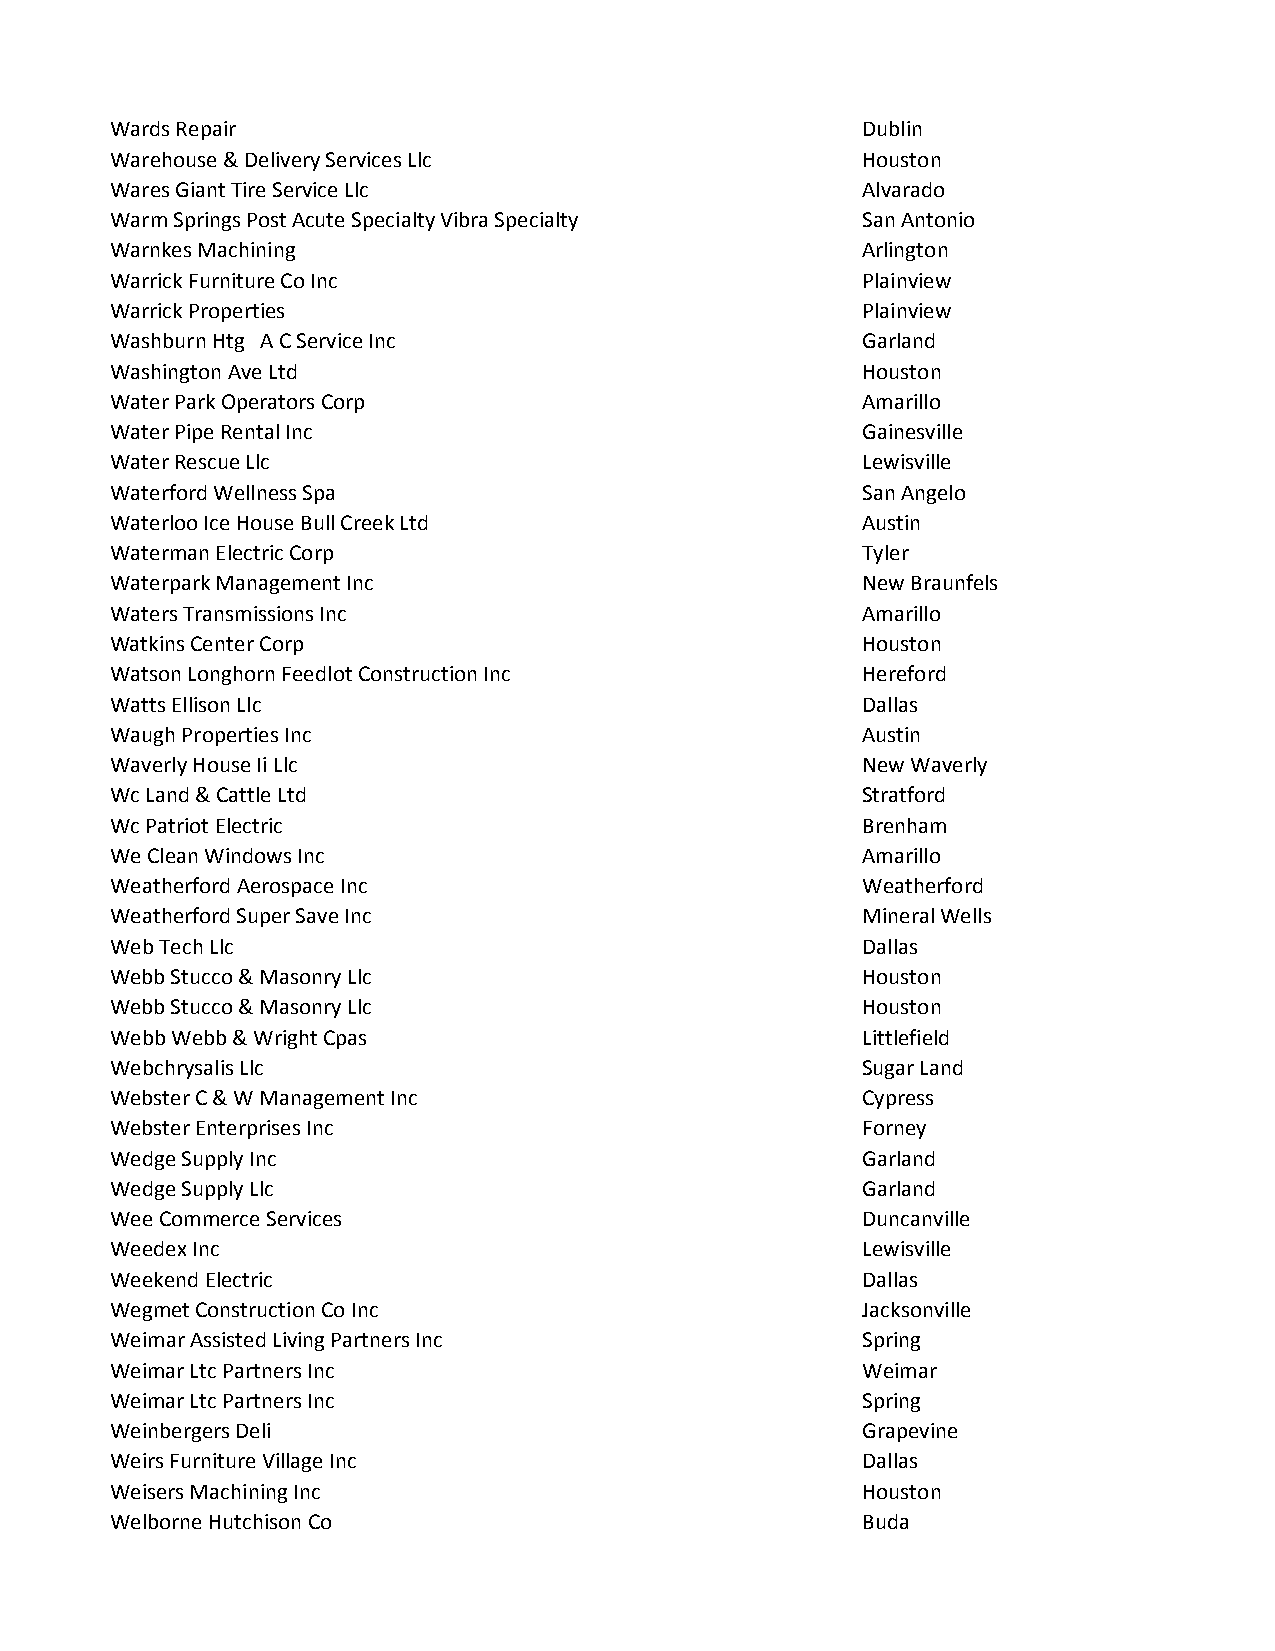
Wards Repair                                      Dublin
 Warehouse & Delivery Services Llc                 Houston
 Wares Giant Tire Service Llc                      Alvarado
 Warm Springs Post Acute Specialty Vibra Specialty San Antonio
 Warnkes Machining                                 Arlington
 Warrick Furniture Co Inc                          Plainview
 Warrick Properties                                Plainview
 Washburn Htg A C Service Inc                      Garland
 Washington Ave Ltd                                Houston
 Water Park Operators Corp                         Amarillo
 Water Pipe Rental Inc                             Gainesville
 Water Rescue Llc                                  Lewisville
 Waterford Wellness Spa                            San Angelo
 Waterloo Ice House Bull Creek Ltd                 Austin
 Waterman Electric Corp                            Tyler
 Waterpark Management Inc                          New Braunfels
 Waters Transmissions Inc                          Amarillo
 Watkins Center Corp                               Houston
 Watson Longhorn Feedlot Construction Inc          Hereford
 Watts Ellison Llc                                 Dallas
 Waugh Properties Inc                              Austin
 Waverly House Ii Llc                              New Waverly
 Wc Land & Cattle Ltd                              Stratford
 Wc Patriot Electric                               Brenham
 We Clean Windows Inc                              Amarillo
 Weatherford Aerospace Inc                         Weatherford
 Weatherford Super Save Inc                        Mineral Wells
 Web Tech Llc                                      Dallas
 Webb Stucco & Masonry Llc                         Houston
 Webb Stucco & Masonry Llc                         Houston
 Webb Webb & Wright Cpas                           Littlefield
 Webchrysalis Llc                                  Sugar Land
 Webster C & W Management Inc                      Cypress
 Webster Enterprises Inc                           Forney
 Wedge Supply Inc                                  Garland
 Wedge Supply Llc                                  Garland
 Wee Commerce Services                             Duncanville
 Weedex Inc                                        Lewisville
 Weekend Electric                                  Dallas
 Wegmet Construction Co Inc                        Jacksonville
 Weimar Assisted Living Partners Inc               Spring
 Weimar Ltc Partners Inc                           Weimar
 Weimar Ltc Partners Inc                           Spring
 Weinbergers Deli                                  Grapevine
 Weirs Furniture Village Inc                       Dallas
 Weisers Machining Inc                             Houston
 Welborne Hutchison Co                             Buda